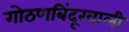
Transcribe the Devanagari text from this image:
गोठणबिंदूखाली